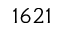
1 6 2 1